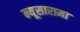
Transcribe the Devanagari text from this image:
न्यूसारामा